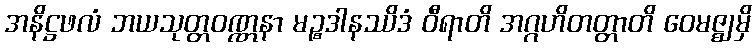
အနိဋ္ဌဖလံ ဘယသုတ္တဝဏ္ဏနာ မဉ္စဒါနဿိဒံ ဝီရာတိ အဂ္ဂဟိတတ္တာတိ ဝေမဇ္ဈမှိ